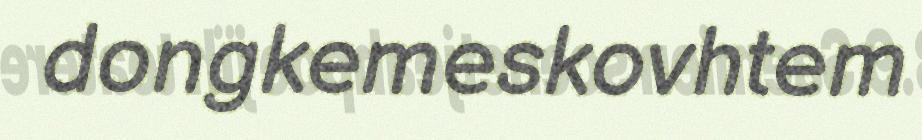
dongkemeskovhtem